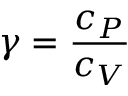
\gamma = { \frac { c _ { P } } { c _ { V } } }